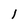
Character: 1